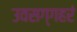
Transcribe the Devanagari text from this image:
उवसग्गहरं